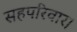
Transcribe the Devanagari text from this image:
सहपरिवार।